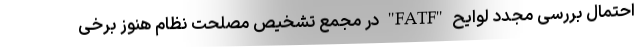
احتمال بررسی مجدد لوایح "FATF" در مجمع تشخیص مصلحت نظام هنوز برخی